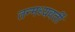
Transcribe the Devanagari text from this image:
तन्मध्यवर्ती